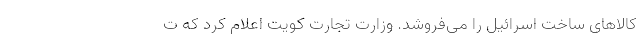
کالاهای ساخت اسرائیل را می‌فروشد. وزارت تجارت کویت اعلام کرد که ت